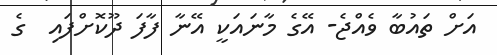
އަށް ތައުބާ ވެއްޖެ- އޭގެ މާނައަކީ އޭނާ ފާފަ ދޫކޮށްފައި  ގެ